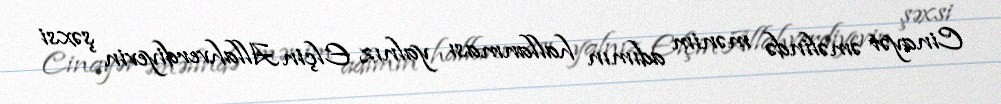
Cinayət əməlində mənim adımın hallanması yalnız Elçin Allahverdiyevin şəxsi